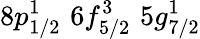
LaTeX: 8p_{1/2}^{1}\, \, 6f_{5/2}^{3}\, \, 5g_{7/2}^{1}